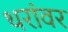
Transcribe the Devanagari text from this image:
थरांवर